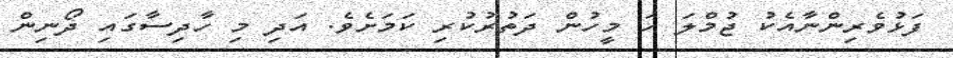
ފަޅުވެރިންނާއެކު ޖުމްލަ ހަ މީހުން ދަތުރުކުރި ކަމަށެވެ. އަދި މި ހާދިސާގައި ދޯނިން